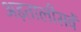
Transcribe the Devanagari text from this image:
अड़तालीसवें